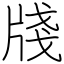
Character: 牋